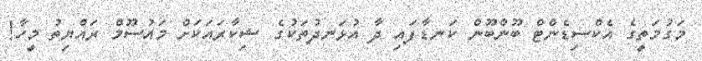
މަގުމަތީގެ އެކްސިޑެންޓް ބޫންބޫން ކަނޑާފައި ދާ އުޅަނދުތަކުގެ ޝިކާރައަކަށް މައުސޫމް ރައްޔިތު މީހާ!